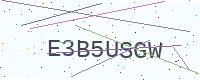
Text: E3B5USGW